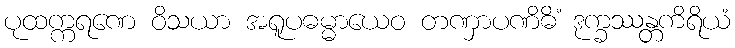
ပုထက္ကရဏေ ဝိသယာ အရူပဓမ္မာယေဝ တဏှာပဏိဓိံ ဒုက္ခဿန္တကိရိယံ